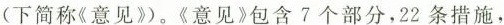
(下简称《意见》)。《意见》包含7个部分，22条措施，